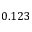
0 . 1 2 3